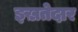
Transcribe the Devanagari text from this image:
इख़तेदार